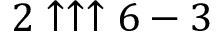
2 \uparrow \uparrow \uparrow 6 - 3